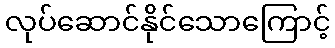
လုပ်ဆောင်နိုင်သောကြောင့်